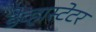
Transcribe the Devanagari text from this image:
डेव्हास्टेटर